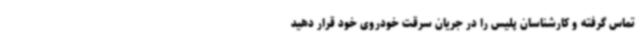
تماس گرفته و کارشناسان پلیس را در جریان سرقت خودروی خود قرار دهید